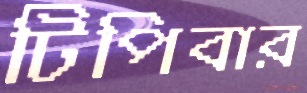
টিপিবার